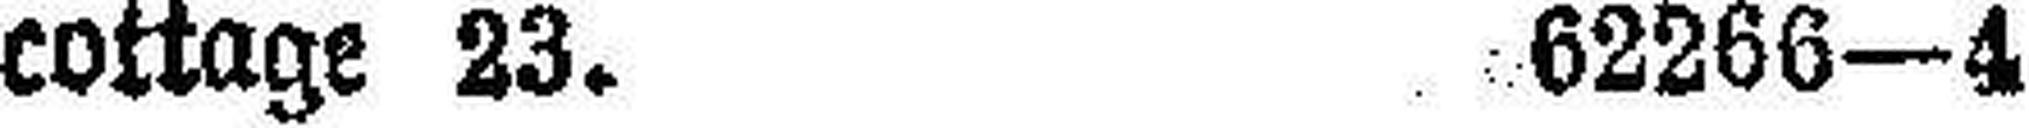
cottage 23. 62266—4